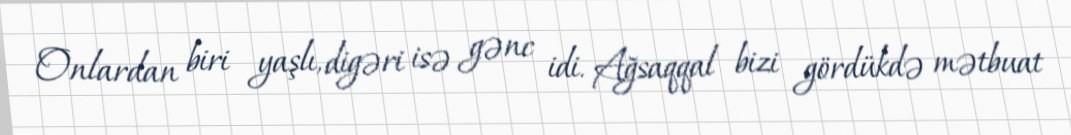
Onlardan biri yaşlı, digəri isə gənc idi. Ağsaqqal bizi gördükdə mətbuat